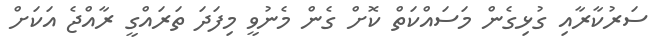
ސަރުކާރާއި ގުޅިގެން މަސައްކަތް ކޮށް ގެން މެެނުވީ މިފަދަ ތަރައްގީ ރާއްޖެ އަކަށް